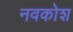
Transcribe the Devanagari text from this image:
नवकोश